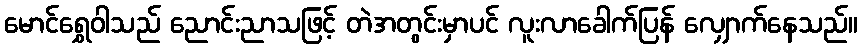
မောင်ရွှေဝါသည် ညောင်းညာသဖြင့် တဲအတွင်းမှာပင် လူးလာခေါက်ပြန် လျှောက်နေသည်။